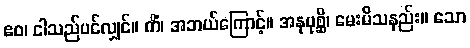
ဧဝ၊ ငါသည်ပင်လျှင်။ ကိံ၊ အဘယ်ကြောင့်။ အနုပုစ္ဆိ၊ မေးမိသနည်း။ သော